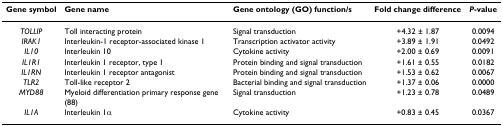
| Gene symbol | Gene name | Gene ontology (GO) function/s | Fold change difference | P-value |
 | --- | --- | --- | --- | --- |
 | TOLLIP | Toll interacting protein | Signal transduction | +4.32 ± 1.87 | 0.0094 |
 | IRAK1 | Interleukin-1 receptor-associated kinase 1 | Transcription activator activity | +3.89 ± 1.91 | 0.0492 |
 | IL10 | Interleukin 10 | Cytokine activity | +2.00 ± 0.69 | 0.0091 |
 | IL1R1 | Interleukin 1 receptor, type 1 | Protein binding and signal transduction | +1.61 ± 0.55 | 0.0182 |
 | IL1RN | Interleukin 1 receptor antagonist | Protein binding and signal transduction | +1.53 ± 0.62 | 0.0067 |
 | TLR2 | Toll-like receptor 2 | Bacterial binding and signal transduction | +1.37 ± 0.06 | 0.0000 |
 | MYD88 | Myeloid differentiation primary response gene (88) | Signal transduction | +1.23 ± 0.78 | 0.0489 |
 | IL1A | Interleukin 1α | Cytokine activity | +0.83 ± 0.45 | 0.0367 |